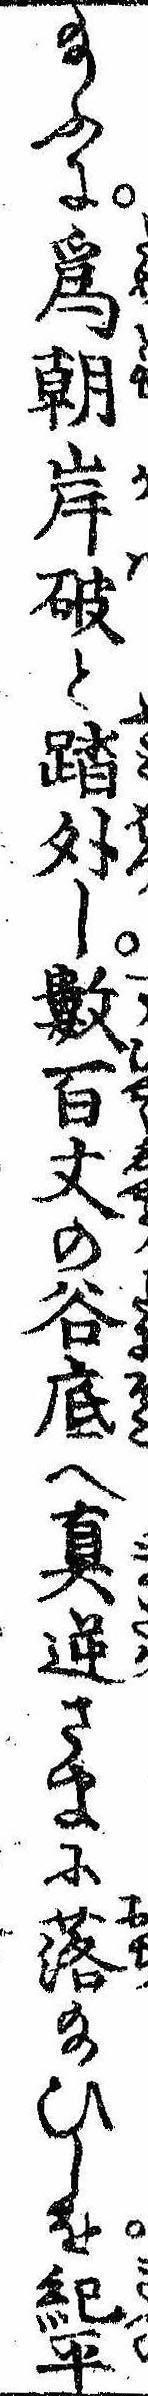
給ふに為朝岸破と踏外し数百丈の谷底へ真逆さまに落給ひしを紀平